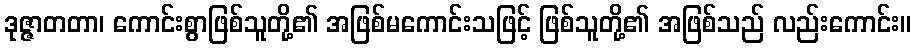
ဒုဇ္ဇာတတာ၊ ကောင်းစွာဖြစ်သူတို့၏ အဖြစ်မကောင်းသဖြင့် ဖြစ်သူတို့၏ အဖြစ်သည် လည်းကောင်း။